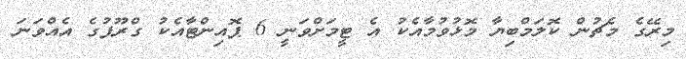
މިރޭގެ މެޗުން ކޮލަމްބިޔާ މޮޅުވުމާއެކު އެ ޓީމަށްވަނީ 6 ޕޮއިންޓާއެކު ގްރޫޕުގެ އެއްވަނަ